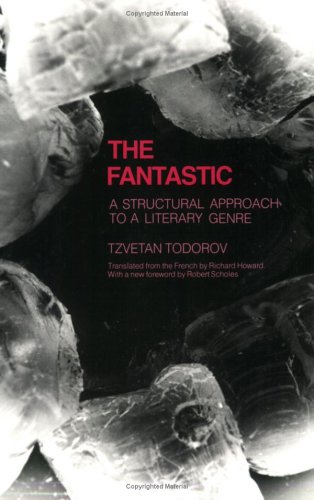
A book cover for The Fantastic: A Structural Approach to a Literary Genre (Cornell Paperbacks); Tzvetan Todorov; Science Fiction & Fantasy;